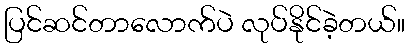
ပြင်ဆင်တာလောက်ပဲ လုပ်နိုင်ခဲ့တယ်။